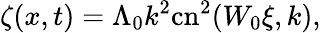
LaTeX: \zeta(x,t)=\Lambda_{0}k^{2}\mathrm{cn}^{2}(W_{0}\xi,k),